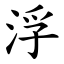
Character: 浮